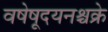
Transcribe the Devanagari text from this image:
वषेषूदयनश्चक्रे